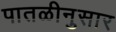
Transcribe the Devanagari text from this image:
पातळीनुसार